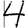
Digit: 4